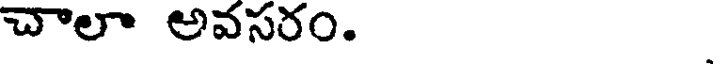
చాలా అవసరం.